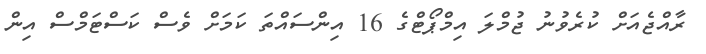
ރާއްޖެއަށް ކުރެވުނު ޖުމްލަ އިމްޕޯޓްގެ 16 އިންސައްތަ ކަމަށް ވެސް ކަސްޓަމްސް އިން